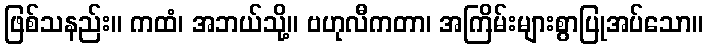
ဖြစ်သနည်း။ ကထံ၊ အဘယ်သို့။ ဗဟုလီကတာ၊ အကြိမ်းများစွာပြုအပ်သော။